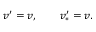
v ^ { \prime } = v , \qquad v _ { \ast } ^ { \prime } = v .